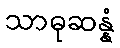
သာဓုဆန္နံ